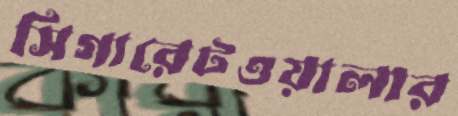
সিগারেটওয়ালার